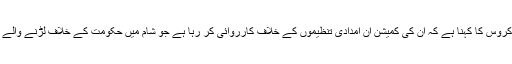
چیریٹی کمیشن کے صدرنشین ولیم شوکروس کا کہنا ہے کہ ان کی کمیشن ان امدادی تنظیموں کے خلاف کارروائی کر رہا ہے جو شام میں حکومت کے خلاف لڑنے والے مختلف گروہوں کو امداد بھیج رہی ہیں۔